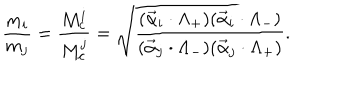
\frac { m _ { i } } { m _ { j } } = \frac { M _ { c } ^ { i } } { M _ { c } ^ { j } } = \sqrt { \frac { ( \vec { \alpha } _ { i } \cdot \Lambda _ { + } ) ( \vec { \alpha } _ { i } \cdot \Lambda _ { - } ) } { ( \vec { \alpha } _ { j } \cdot \Lambda _ { - } ) ( \vec { \alpha } _ { j } \cdot \Lambda _ { + } ) } } .